Civil Veterinary Dept. Bombay admin report 1914-1922 - 1914-1922
Year: 1914
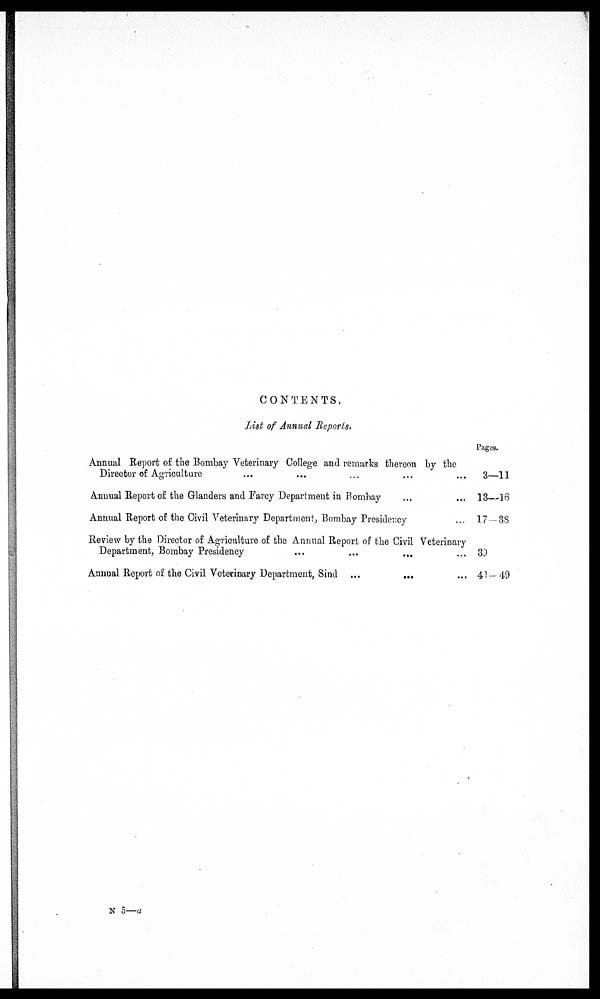
CONTENTS.
List of Annual Reports.
Annual Report of the Bombay Veterinary College and remarks thereon by the
Director of Agriculture ... ... ... ... ...
Annual Report of the Glanders and Farcy Department in Bombay ... ...
Annual Report of the Civil Veterinary Department, Bombay Presidency ...
Review by the Director of Agriculture of the Annual Report of the Civil Veterinary
Department, Bombay Presidency ... ... ... ...
Annual Report of the Civil Veterinary Department, Sind ...
...
...
Pages.
3—11
13—16
17—38
39
41—49
N 5—a